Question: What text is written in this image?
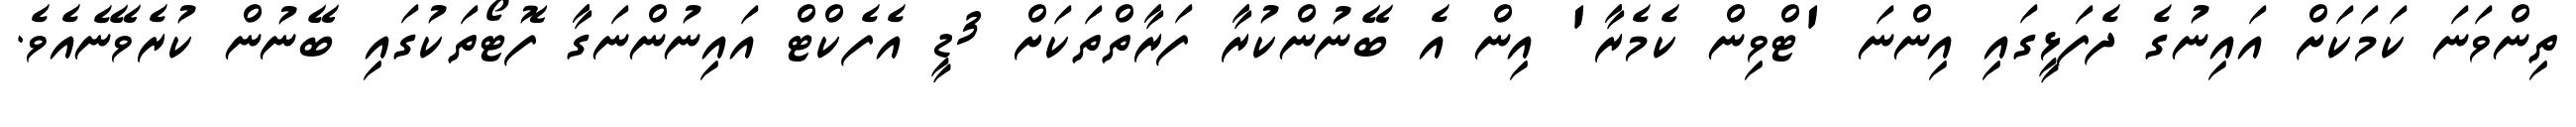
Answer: ތިންވަނަ ކަމަކަށް އައިނުގެ ދެފަޅީގައި އިންނަ 'ޓްވިން ކެމެރާ' އިން އެ ބޭނުންކުރާ ފަރާތްތަކަށް 3ޑީ އެފެކްޓް އައިނުންނަގާ ފޮޓޯތަކުގައި ބޭނުން ކުރެވޭނެއެވެ.